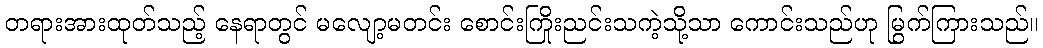
တရားအားထုတ်သည့် နေရာတွင် မလျော့မတင်း စောင်းကြိုးညင်းသကဲ့သို့သာ ကောင်းသည်ဟု မြွက်ကြားသည်။